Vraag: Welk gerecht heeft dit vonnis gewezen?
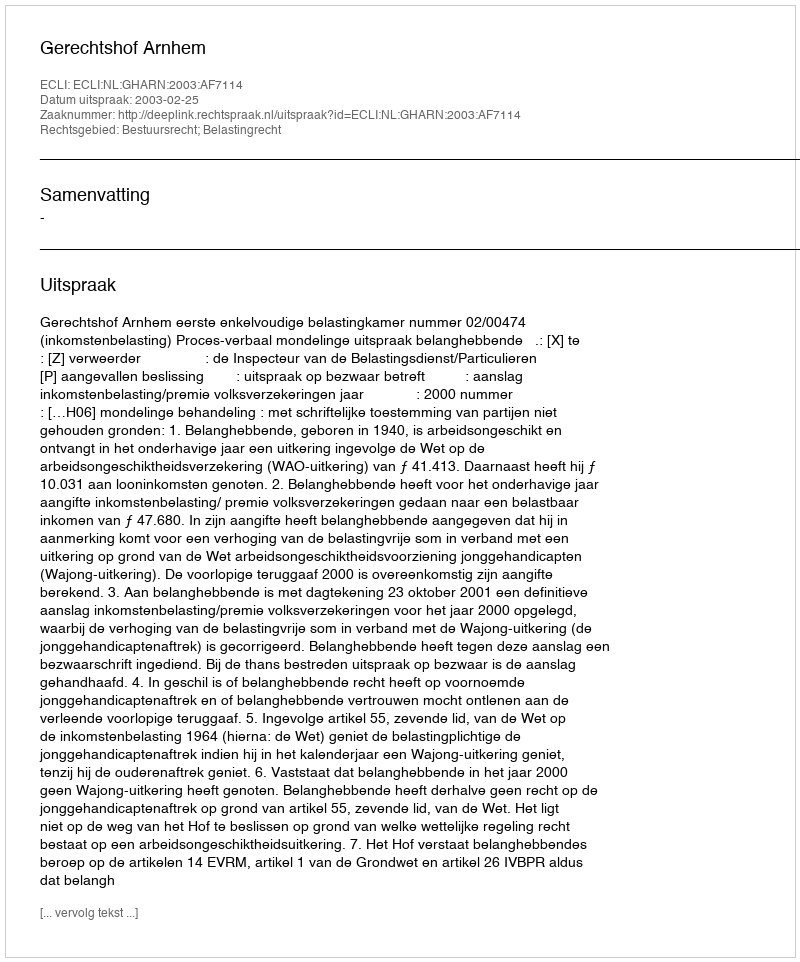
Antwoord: Gerechtshof Arnhem